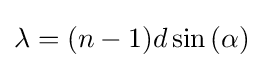
\lambda =(n-1)d\sin {(\alpha )}